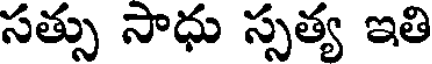
సత్సు సాధు స్సత్య ఇతి